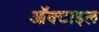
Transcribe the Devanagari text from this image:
ऑक्टाइल